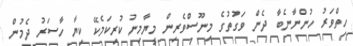
ހިތްވަރު ހުންނާނެބާ ދެން ވަގުތުގެ މިނޫސްވެރިން މީޔާމިނު ކުރިކަމެކޭ ކިޔާ ހާސަރު ދެމުން